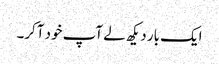
ایک بار دیکھ لے آپ خود آکر۔